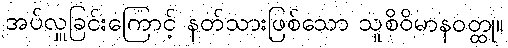
အပ်လှူခြင်းကြောင့် နတ်သားဖြစ်သော သူစိဝိမာနဝတ္ထု။